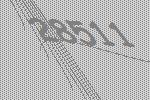
28511